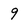
Character: 9